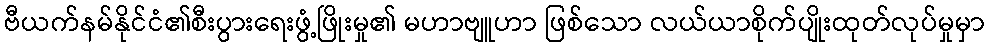
ဗီယက်နမ်နိုင်ငံ၏စီးပွားရေးဖွံ့ဖြိုးမှု၏ မဟာဗျူဟာ ဖြစ်သော လယ်ယာစိုက်ပျိုးထုတ်လုပ်မှုမှာ